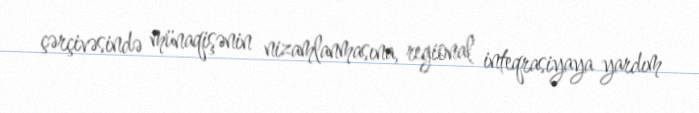
çərçivəsində münaqişənin nizamlanmasına, regional inteqrasiyaya yardım